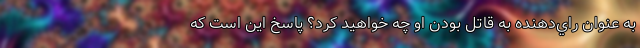
به عنوان راي‌دهنده به قاتل بودن او چه خواهيد كرد؟ پاسخ اين است كه